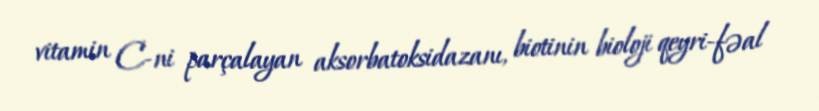
vitamin C-ni parçalayan aksorbatoksidazanı, biotinin bioloji qeyri-fəal